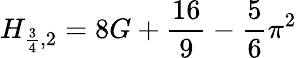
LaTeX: H_{{\frac{3}{4}},2}=8G+{\frac{16}{9}}-{\frac{5}{6}}\pi^{2}